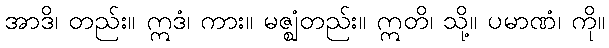
အာဒိ၊ တည်း။ ဣဒံ၊ ကား။ မဇ္ဈံတည်း။ ဣတိ၊ သို့။ ပမာဏံ၊ ကို။